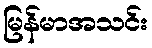
မြန်မာအသင်း